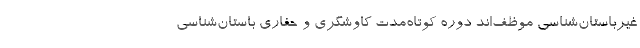
غیرباستان‌شناسی موظف‌اند دوره کوتاه‌مدت کاوشگری و حفاری باستان‌شناسی